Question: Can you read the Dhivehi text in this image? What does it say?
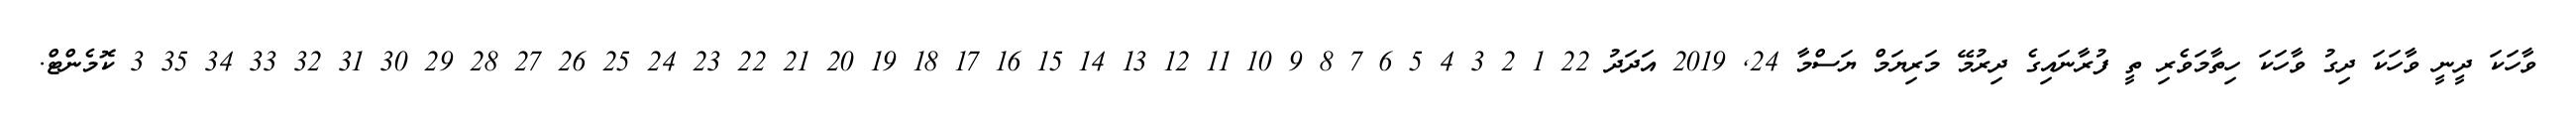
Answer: ވާހަކަ ދީނީ ވާހަކަ ދިގު ވާހަކަ ހިތާމަވެރި ތީ ފުރާނައިގެ ދިރުމޭ މަރިޔަމް ޔަސްމާ 24, 2019 އަދަދު 22 1 2 3 4 5 6 7 8 9 10 11 12 13 14 15 16 17 18 19 20 21 22 23 24 25 26 27 28 29 30 31 32 33 34 35 3 ކޮމެންޓް.